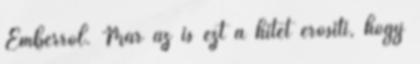
Emberről. Már az is ezt a hitet erősíti, hogy